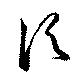
頃